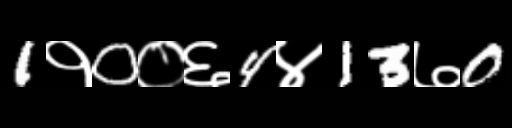
Text: 1१0०६4४13७0